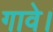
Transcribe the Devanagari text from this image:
गावे।